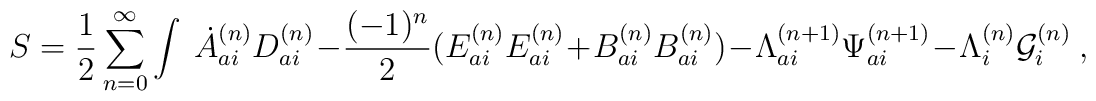
S = \frac{1}{2} \sum_{n=0}^{\infty }\int \ \dot{A}_{ai}^{(n)}D_{ai}^{(n)} - \frac{(-1)^n}{2}(E_{ai}^{(n)}E_{ai}^{(n)} + B_{ai}^{(n)}B_{ai}^{(n)}) - {\Lambda}_{ai}^{(n+1)}{\Psi}_{ai}^{(n+1)} - {\Lambda}_i^{(n)}{\cal G}_i^{(n)} \ ,